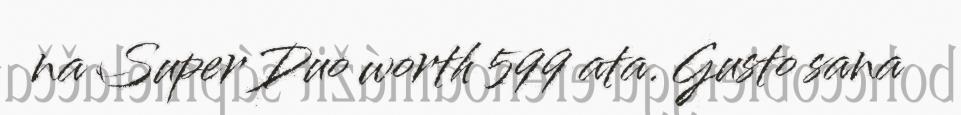
na Super Duo worth 599 ata. Gusto sana